Vaccination in Bombay 1902-1912 - 1902-1912
Year: 1902
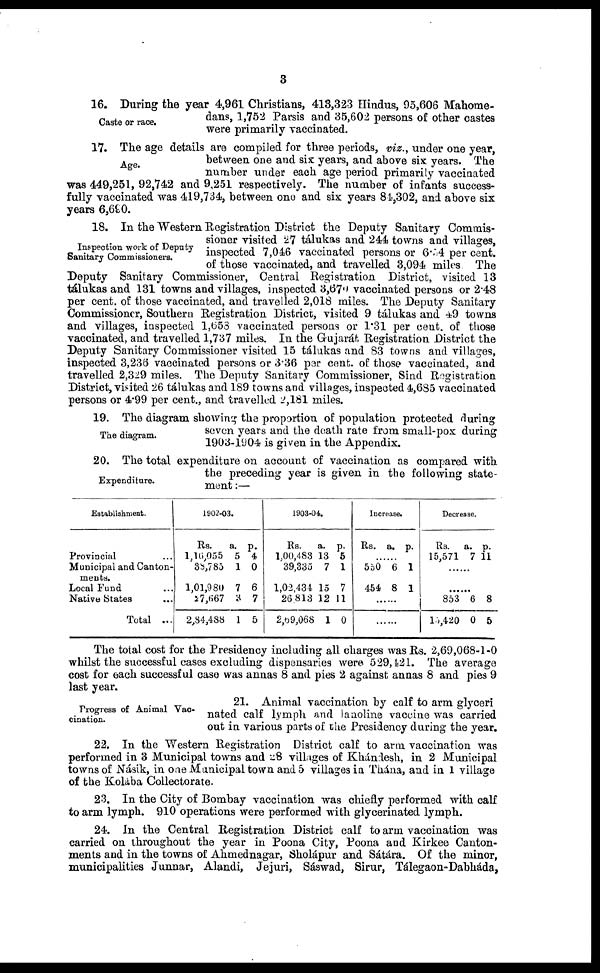
3
Caste or race.
16. During the year 4,961 Christians, 413,323 Hindus, 95,606 Mahome-
dans, 1,752 Parsis and 35,602 persons of other castes
were primarily vaccinated.
Age.
17. The age details are compiled for three periods, viz., under one year,
between one and six years, and above six years. The
number under each age period primarily vaccinated
was 449,251, 92,742 and 9,251 respectively. The number of infants success-
fully vaccinated was 419,734, between one and six years 84,302, and above six
years 6,690.
Inspection work of Deputy
Sanitary Commissioners.
18. In the Western Registration District the Deputy Sanitary Commis-
sioner visited 27 tálukas and 244 towns and villages,
inspected 7,046 vaccinated persons or 6.54 per cent.
of those vaccinated, and travelled 3,094 miles The
Deputy Sanitary Commissioner, Central Registration District, visited 13
tálukas and 131 towns and villages, inspected 3,670 vaccinated persons or 2.48
per cent. of those vaccinated, and travelled 2,018 miles. The Deputy Sanitary
Commissioner, Southern Registration District, visited 9 tálukas and 49 towns
and villages, inspected 1,653 vaccinated persons or 1.31 per cent. of those
vaccinated, and travelled 1,737 miles. In the Gujarát Registration District the
Deputy Sanitary Commissioner visited 15 tálukas and 83 towns and villages,
inspected 3,236 vaccinated persons or 3.36 per cent. of those vaccinated, and
travelled 2,329 miles. The Deputy Sanitary Commissioner, Sind Registration
District, visited 26 tálukas and 189 towns and villages, inspected 4,685 vaccinated
persons or 4.99 per cent., and travelled 2,181 miles.
The diagram.
19. The diagram showing the proportion of population protected during
seven years and the death rate from small-pox during
1903-1904 is given in the Appendix.
Expenditure.
20. The total expenditure on account of vaccination as compared with
the preceding year is given in the following state-
ment :—
Establishment.
Provincial ...
Municipal and Canton-
ments.
Local Fund ...
Native States ...
Total ...
1902-03.
Rs.
1,16,055
38,785
1,01,980
27,667
2,84,488
a.
5
1
7
3
1
p.
4
0
6
7
5
1903-04.
Rs.
1,00,483
39,335
1,02,434
26,813
2,69,068
a.
13
7
15
12
1
p.
5
1
7
11
0
Increase.
Rs. a. p.
......
550
454
6
8
1
1
......
......
Decrease.
Rs.
15,571
a.
7
p.
11
......
......
853
15,420
6
0
8
5
The total cost for the Presidency including all charges was Rs. 2,69,068-1-0
whilst the successful cases excluding dispensaries were 529,421. The average
cost for each successful case was annas 8 and pies 2 against annas 8 and pies 9
last year.
Progress of Animal Vac-
cination.
21. Animal vaccination by calf to arm glyceri
nated calf lymph and lanoline vaccine was carried
out in various parts of the Presidency during the year.
22. In the Western Registration District calf to arm vaccination was
performed in 3 Municipal towns and 28 villages of Khándesh, in 2 Municipal
towns of Násik, in one Municipal town and 5 villages in Thána, and in 1 village
of the Kolába Collectorate.
23. In the City of Bombay vaccination was chiefly performed with calf
to arm lymph. 910 operations were performed with glycerinated lymph.
24. In the Central Registration District calf to arm vaccination was
carried on throughout the year in Poona City, Poona and Kirkee Canton-
ments and in the towns of Ahmednagar, Sholápur and Sátára. Of the minor,
municipalities Junnar, Alandi, Jejuri, Sáswad, Sirur, Tálegaon-Dabháda,